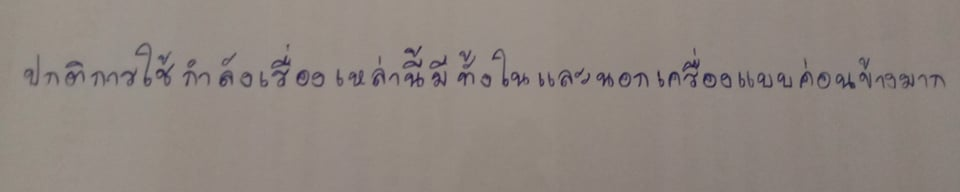
ปกติการใช้กำลังเรื่องเหล่านี้มีทั้งในและนอกเครื่องแบบค่อนข้างมาก